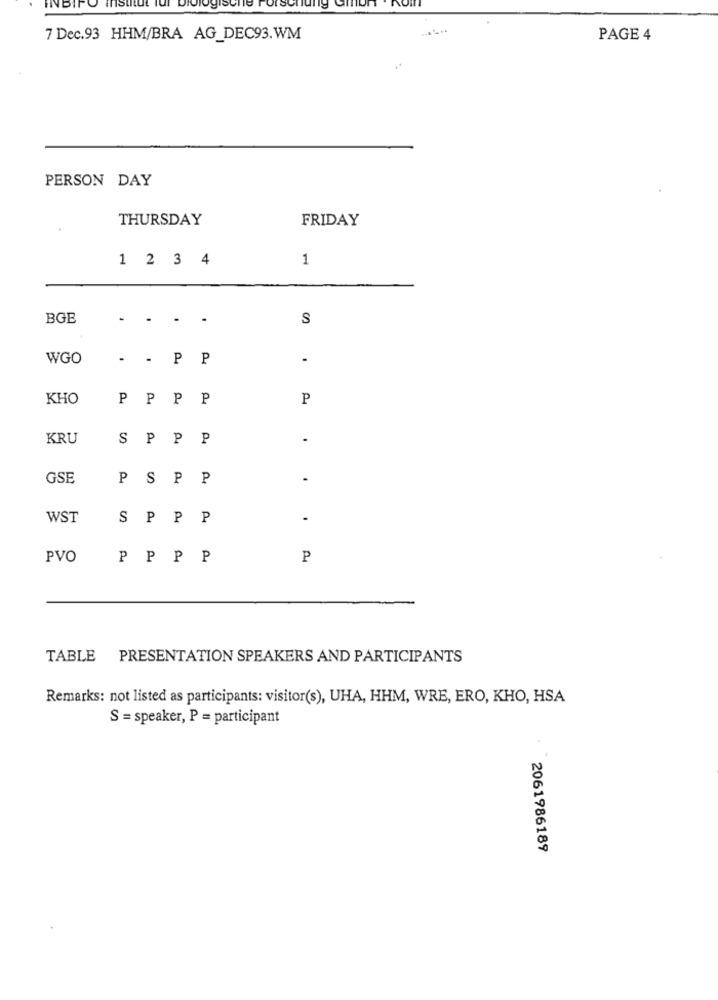
INBIP
7 Dec.93 HHM/BRA AG_DEC93.WM
PAGE 4
PERSON DAY
THURSDAY
FRIDAY
1 2 3 4
1
BGB
S
WGO
. - PP
.
KHO
PP
P
P
P
KRU
S
P
P
P
.
GSE
P
S
P
P
WST
S P
P
P
PVO
PP
P
P
P
TABLE PRESENTATION SPEAKERS AND PARTICIPANTS
Remarks: not listed as participants: visitor(s), UHA, HHM, WRE, ERO, KHO, HSA
S = speaker, P = participant
2061986189